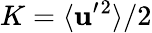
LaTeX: K=\langle{{\mathbf{u}}^{\prime}{}^{2}}\rangle/2